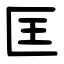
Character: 匡